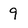
Character: 9